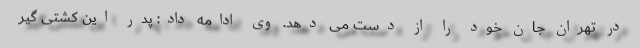
در تهران جان خود را از دست می دهد. وی ادامه داد: پدر این کشتی گیر